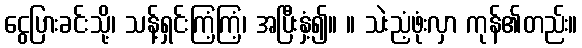
ငွေပြားခင်းသို့၊ သန့်ရှင်းကြံ့ကြံ့၊ အပြီးနှံ့၍။ ။ သဲးညံ့ဖုံးလှာ ကုန်၏တည်း။